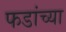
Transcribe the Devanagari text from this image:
फडांच्या